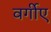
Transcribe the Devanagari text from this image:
वर्गीए